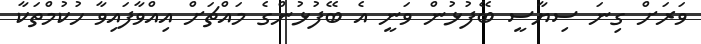
ވަރަށް ގިނަ ސިޔާސީ ބޭފުޅުން ވަނީ އެ ބޭފުޅުންގެ މައްޗަށް އިއްވާފައިވާ ހުކުމްތަކާ